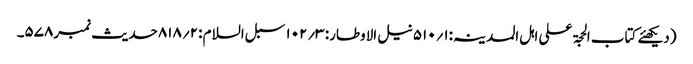
(دیکھئے کتاب الحجۃ علی اہل المدینہ:۱؍۵۱۰نیل الاوطار: ۳؍۱۰۲ سبل السلام :۲؍۸۱۸حدیث نمبر۵۷۸۔